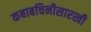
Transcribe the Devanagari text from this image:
कबाबचिनीसारखी